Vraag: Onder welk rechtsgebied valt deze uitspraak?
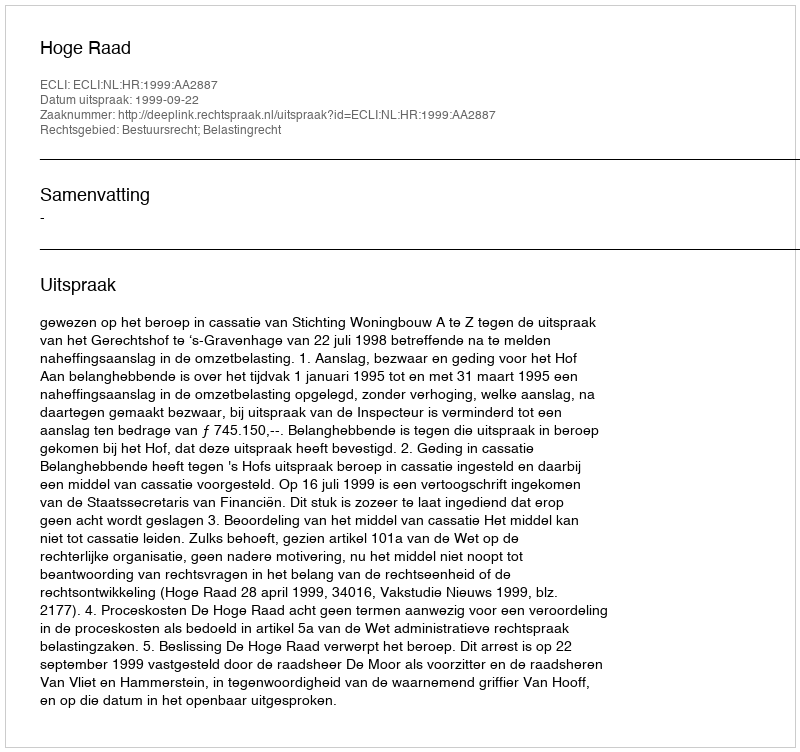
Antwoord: Bestuursrecht; Belastingrecht